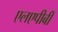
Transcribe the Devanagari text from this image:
एलएपीबी